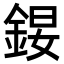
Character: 𨧉